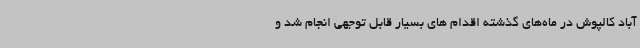
آباد کالپوش در ماه‌های گذشته اقدام های بسیار قابل توجهی انجام شد و